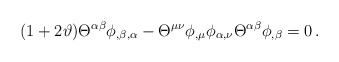
\begin{align*}(1+2 \vartheta) {\Theta}^{\alpha\beta}\phi_{,\beta,\alpha}-{\Theta}^{\mu\nu}\phi_{,\mu} \phi_{\alpha,\nu}{\Theta}^{\alpha \beta} \phi_{,\beta}=0 \, . \end{align*}